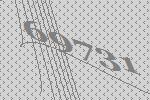
69731